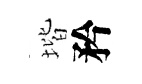
堦矜